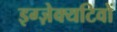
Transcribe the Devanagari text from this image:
इग्ज़ेक्यटिवों